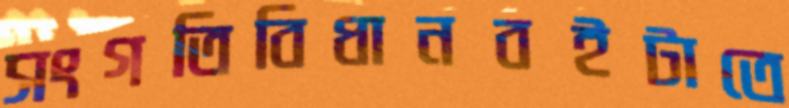
সংগতিবিধানবইটাতে